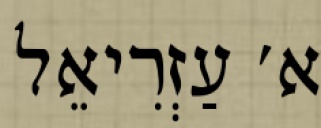
א׳ עַזְרִיאֵל